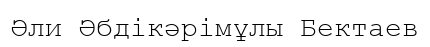
Әли Әбдікәрімұлы Бектаев